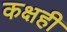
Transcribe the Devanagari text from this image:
कक्षही